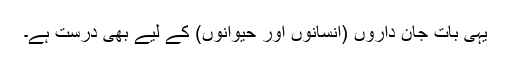
یہی بات جان داروں (انسانوں اور حیوانوں) کے لیے بھی درست ہے۔